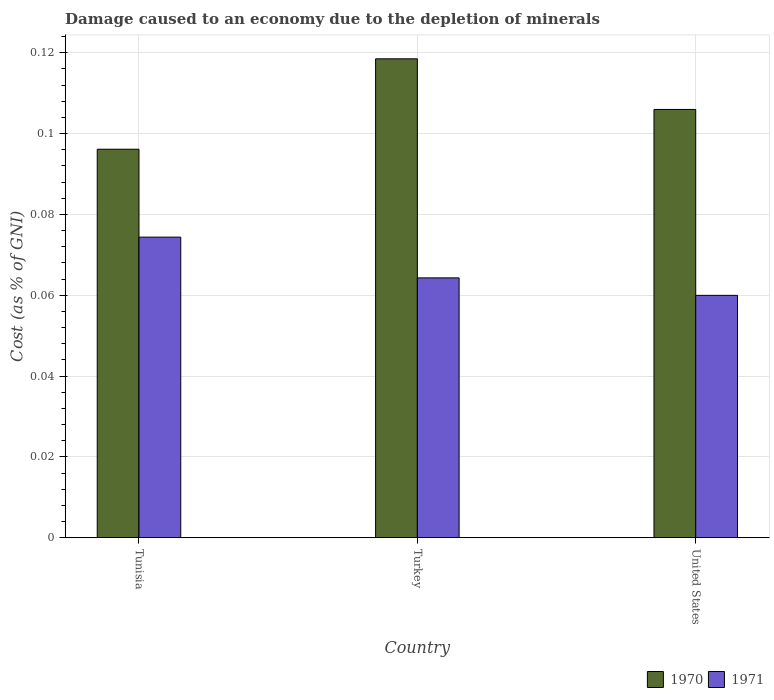
| Country | 1970 | 1971 |
 | --- | --- | --- |
 | Tunisia | 0.0961 | 0.0744 |
 | Turkey | 0.119 | 0.0643 |
 | United States | 0.106 | 0.06 |